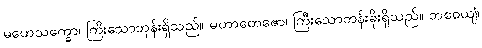
မဟေသက္ခော၊ ကြီးသောဘုန်းရှိသည်။ မဟာတေဇော၊ ကြီးသောတန်းခိုးရှိသည်။ ဘဝေယျံ၊